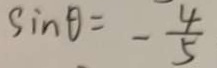
\sin \theta = - \frac { 4 } { 5 }